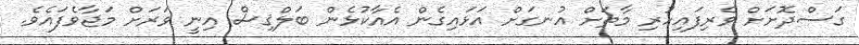
ގަސްދޮށަށް ވެރިފައިހުރި މާތަށް އުނގަށް އަޅައިގެން އެއާކުޅެން ބަލްޤިސް އިނީ ވަރަށް މަޖާވެފައެވެ.